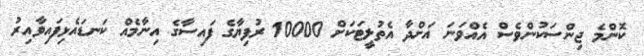
ކޮންމެ ޖިންސަކުންވެސް އެއްވަނަ އަށްދާ އެތުލީޓަކަށް 10000 ރުފިޔާގެ ފައިސާގެ އިނާމެއް ކަނޑައެޅިފައިވާއިރު